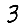
Digit: 3